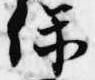
保